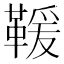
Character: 𩋫